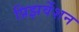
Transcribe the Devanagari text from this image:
प्रिझर्वेशन